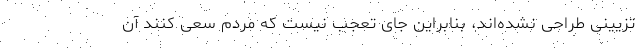
تزیینی طراحی نشده‌اند، بنابراین جای تعجب نیست که مردم سعی کنند آن‌